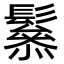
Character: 𩯑